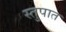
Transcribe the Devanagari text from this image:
स्तुपात